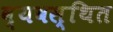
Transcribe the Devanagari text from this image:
व्‍यवस्‍िथत